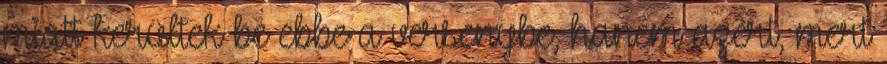
miatt kerültek be ebbe a versenybe, hanem azért, mert